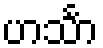
ဟင်္သာ